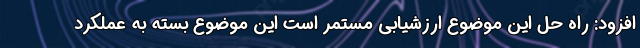
افزود: راه حل این موضوع ارزشیابی مستمر است این موضوع بسته به عملکرد